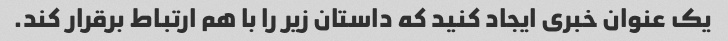
یک عنوان خبری ایجاد کنید که داستان زیر را با هم ارتباط برقرار کند.